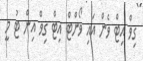
ގިވް އިޓް ވެން އައި ވޯންޓް އިޓް ގިވް އިން ޓު މީ